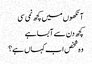
آنکھوں میں کچھ نمی سی
کچھ دن سے آبسا ہے
وہ شخص اب کہاں ہے؟